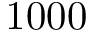
1 0 0 0